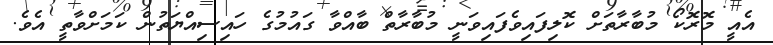
އެއީ މޮރޮކޯ މުބާރާތަށް ކޮލިފައިވެފައިވަނީ މުބާރާތް ބާއްވާ ގައުމުގެ ހައިސިއްޔަތުން ކަމަށްވާތީ އެވެ.